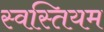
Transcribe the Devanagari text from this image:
स्वस्तियम